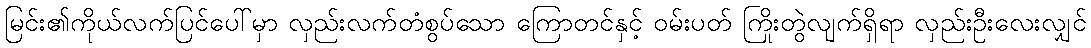
မြင်း၏ကိုယ်လက်ပြင်ပေါ်မှာ လှည်းလက်တံစွပ်သော ကြောတင်နှင့် ဝမ်းပတ် ကြိုးတွဲလျက်ရှိရာ လှည်းဦးလေးလျှင်